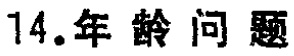
14.年龄问题